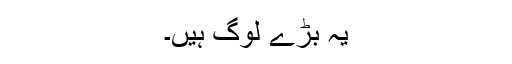
یہ بڑے لوگ ہیں۔